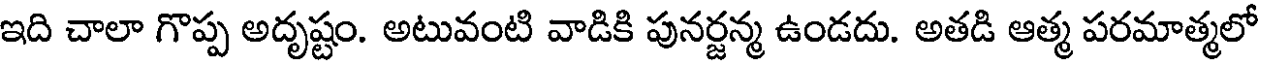
ఇది చాలా గొప్ప అదృష్టం. అటువంటి వాడికి పునర్జన్మ ఉండదు. అతడి ఆత్మ పరమాత్మలో